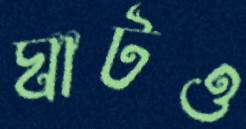
ঘাটও